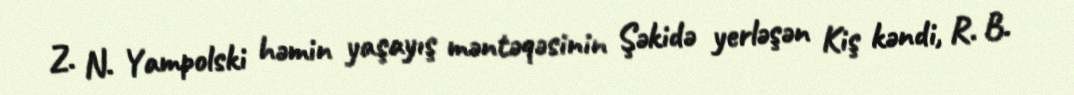
Z. N. Yampolski həmin yaşayış məntəqəsinin Şəkidə yerləşən Kiş kəndi, R. B.